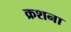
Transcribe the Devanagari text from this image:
क्रशना